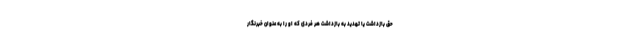
حق بازداشت یا تهدید به بازداشت هر فردی که او را به عنوان خبرنگار